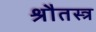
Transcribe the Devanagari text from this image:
श्रौतस्त्र